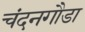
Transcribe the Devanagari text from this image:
चंदनगौडा